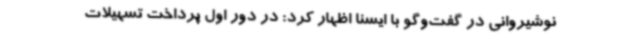
نوشیروانی در گفت‌وگو با ایسنا اظهار کرد: در دور اول پرداخت تسهیلات